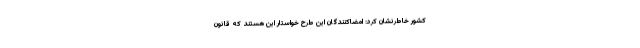
کشور خاطرنشان کرد: امضاکنندگان این طرح خواستار این هستند که قانون